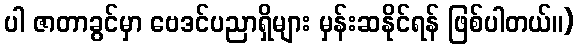
ပါ ဇာတာခွင်မှာ ဗေဒင်ပညာရှိများ မှန်းဆနိုင်ရန် ဖြစ်ပါတယ်။)